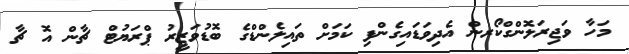
މަހާ ވަޖިރަލޮންގްކޯރން އެދިވަޑައިގެންފި ކަމަށް ތައިލެންޑްގެ ބޮޑުވަޒީރު ޕްރަޔުޓް ޗާން އޮ ޗާ